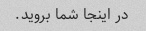
در اینجا شما بروید.